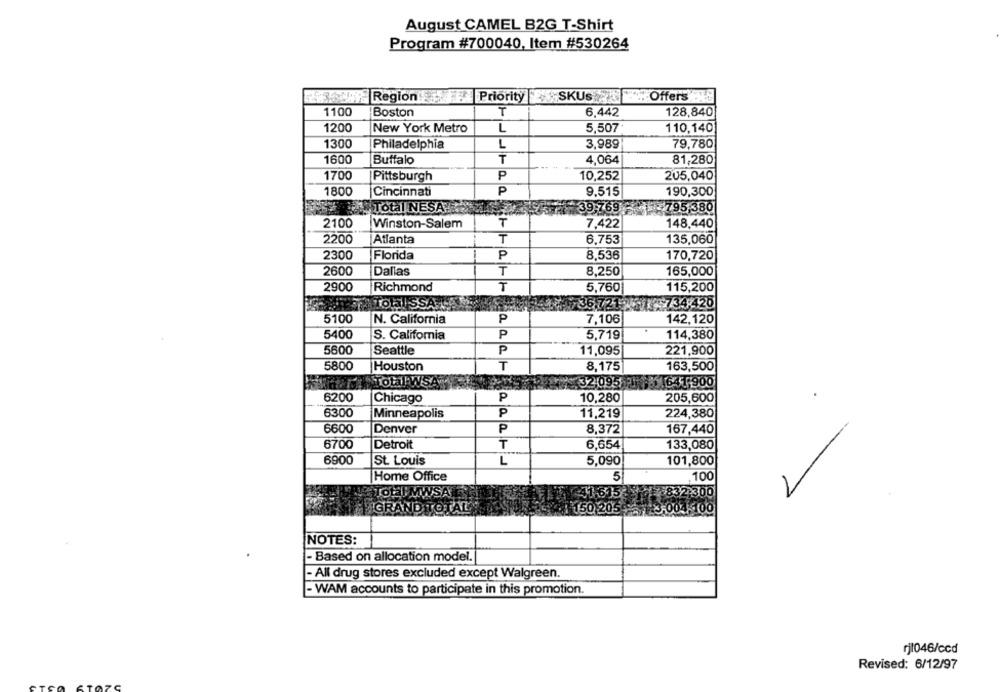
August CAMEL B2G T-Shirt
Program #700040, Item #530264
RegionPriority SKUS Offers
1100
Boston
T
6,442
128,840
1200
New York Metro
L
5,507
110,140
1300
Philadelphia
L
3,989
79,780
1600
Buffalo
T
4,064
81,280
1700
Pittsburgh
P
10,252
205,040
1800
Cincinnati
P
9.515
190,300
Total NESA
39,769
₹795,380
2100
Winston-Salem
7,422
148,440
2200
Atlanta
T
6,753
135,060
2300
Florida
P
8,536
170,720
2600
Dallas
T
8,250
165,000
2900
Richmond
T
5.760
115,200
TOHISS
36.721
$734-420
5100
N. California
P
7,106
142,120
5400
S. Califomia
P
5,719
114,380
5600
Seattle
P
11,095
221,900
5800
Houston
T
8,175
163,500
Total WS
32,095
$41,900
6200
Chicago
P
10,280
205,600
6300
Minneapolis
P
11,219
224,380
6600
P
167,440
Denver
8,372
6700
Detroit
T
6,654
133,080
6900
St. Louis
L
5,090
101,800
Home Office
5
100
41.615
TOLI MWSALE
32,300
HIGRAND TOTAL
1 150 205 - 23,004.100
NOTES:
-Based on allocation model.
- All drug stores excluded except Walgreen.
- WAM accounts to participate in this promotion.
rj1046/ccd
Revised: 6/12/97